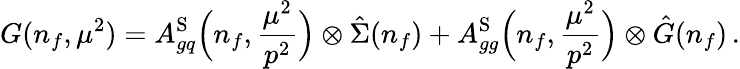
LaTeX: G(n_{f},\mu^{2})=A_{gq}^{\mathrm{S}}\Big(n_{f},\frac{\mu^{2}}{p^{2}}\Big)\otimes\hat{\Sigma}(n_{f})+A_{gg}^{\mathrm{S}}\Big(n_{f},\frac{\mu^{2}}{p^{2}}\Big)\otimes\hat{G}(n_{f})\, .